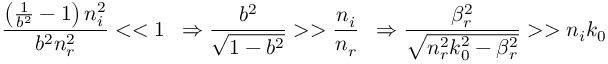
\frac { \left( \frac { 1 } { b ^ { 2 } } - 1 \right) n _ { i } ^ { 2 } } { b ^ { 2 } n _ { r } ^ { 2 } } < < 1 \, \, \, \Rightarrow \frac { b ^ { 2 } } { \sqrt { 1 - b ^ { 2 } } } > > \frac { n _ { i } } { n _ { r } } \, \, \, \Rightarrow \frac { \beta _ { r } ^ { 2 } } { \sqrt { n _ { r } ^ { 2 } k _ { 0 } ^ { 2 } - \beta _ { r } ^ { 2 } } } > > n _ { i } k _ { 0 }